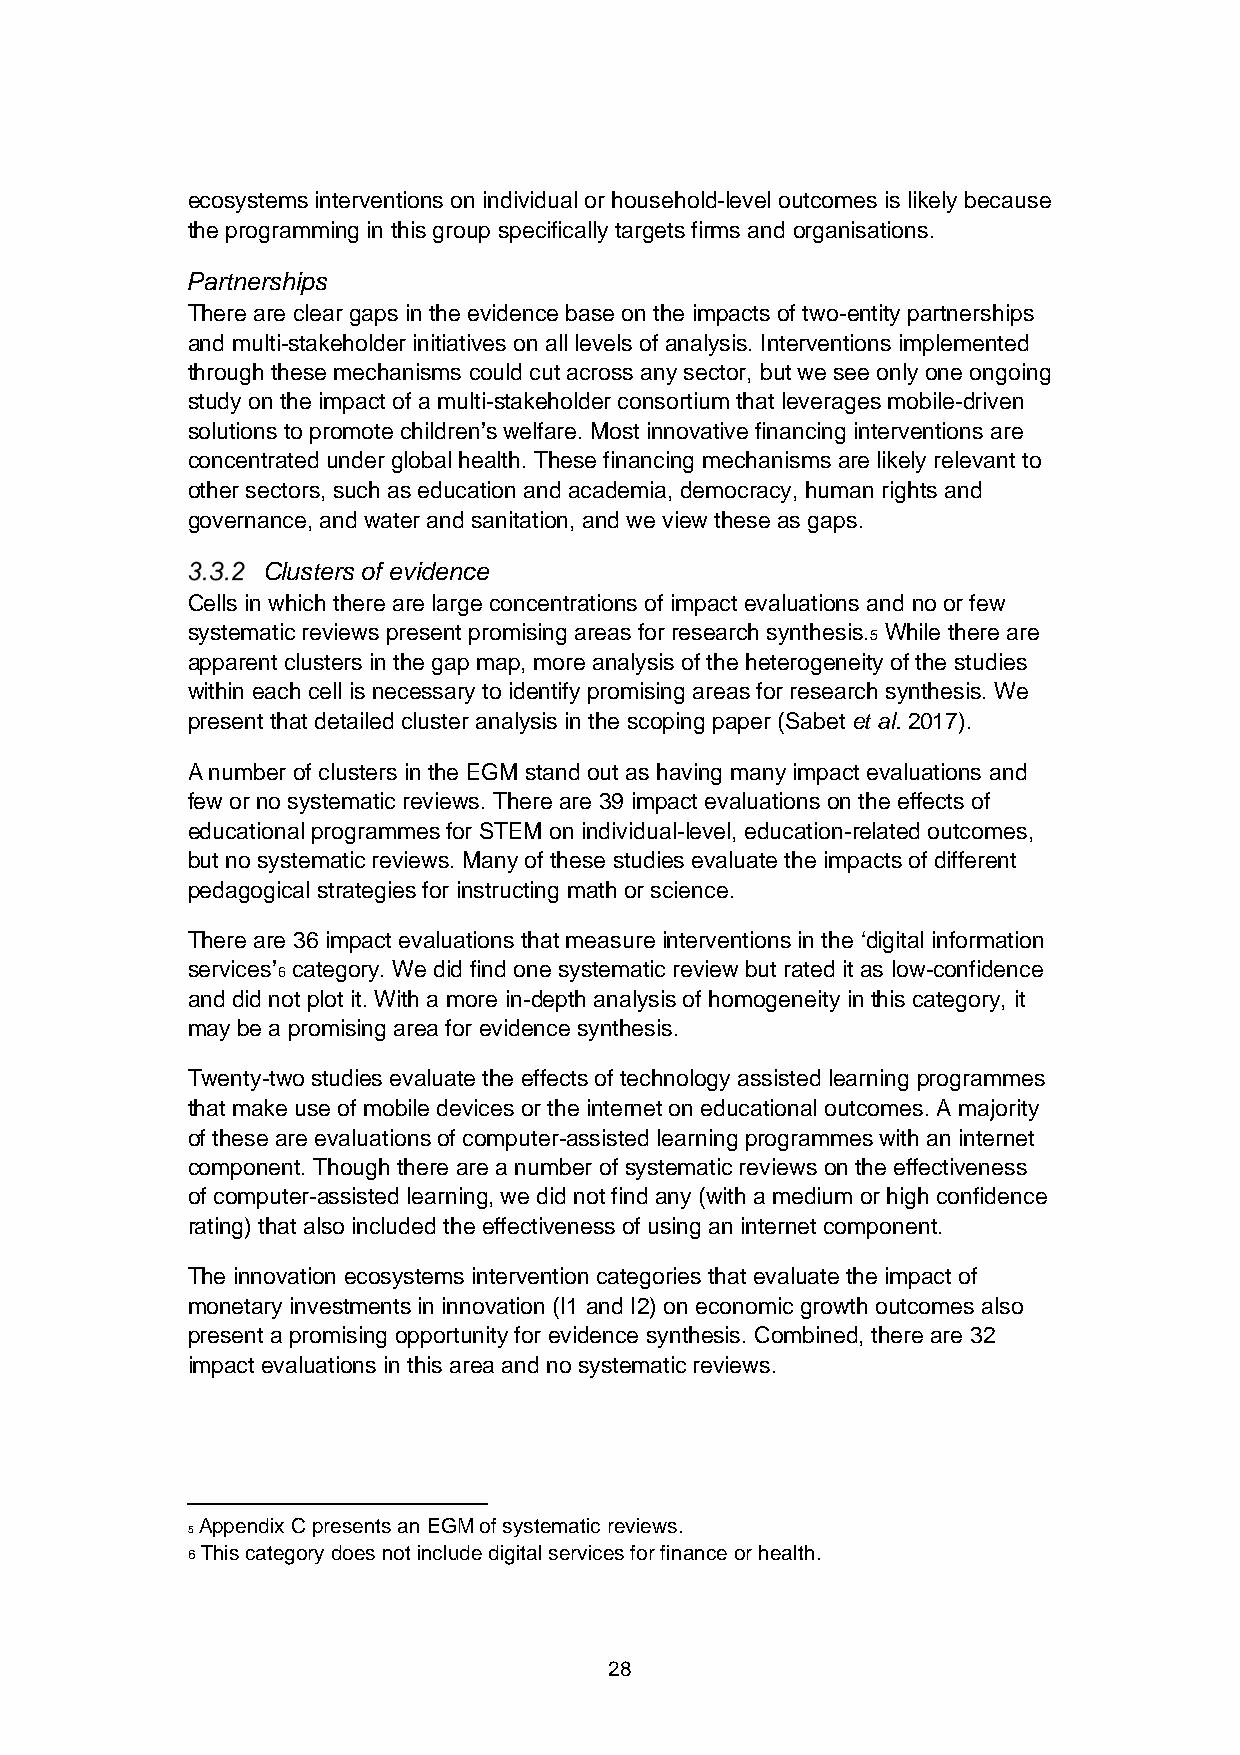
ecosystems interventions on individual or household-level outcomes is likely because
 the programming in this group specifically targets firms and organisations.
 Partnerships
 There are clear gaps in the evidence base on the impacts of two-entity partnerships
 and multi-stakeholder initiatives on all levels of analysis. Interventions implemented
 through these mechanisms could cut across any sector, but we see only one ongoing
 study on the impact of a multi-stakeholder consortium that leverages mobile-driven
 solutions to promote children’s welfare. Most innovative financing interventions are
 concentrated under global health. These financing mechanisms are likely relevant to
 other sectors, such as education and academia, democracy, human rights and
 governance, and water and sanitation, and we view these as gaps.
 Clusters of evidence
 Cells in which there are large concentrations of impact evaluations and no or few
 systematic reviews present promising areas for research synthesis. While there are
 5
 apparent clusters in the gap map, more analysis of the heterogeneity of the studies
 within each cell is necessary to identify promising areas for research synthesis. We
 present that detailed cluster analysis in the scoping paper (Sabet et al. 2017).
 A number of clusters in the EGM stand out as having many impact evaluations and
 few or no systematic reviews. There are 39 impact evaluations on the effects of
 educational programmes for STEM on individual-level, education-related outcomes,
 but no systematic reviews. Many of these studies evaluate the impacts of different
 pedagogical strategies for instructing math or science.
 There are 36 impact evaluations that measure interventions in the ‘digital information
 services’ category. We did find one systematic review but rated it as low-confidence
 6
 and did not plot it. With a more in-depth analysis of homogeneity in this category, it
 may be a promising area for evidence synthesis.
 Twenty-two studies evaluate the effects of technology assisted learning programmes
 that make use of mobile devices or the internet on educational outcomes. A majority
 of these are evaluations of computer-assisted learning programmes with an internet
 component. Though there are a number of systematic reviews on the effectiveness
 of computer-assisted learning, we did not find any (with a medium or high confidence
 rating) that also included the effectiveness of using an internet component.
 The innovation ecosystems intervention categories that evaluate the impact of
 monetary investments in innovation (I1 and I2) on economic growth outcomes also
 present a promising opportunity for evidence synthesis. Combined, there are 32
 impact evaluations in this area and no systematic reviews.
 Appendix C presents an EGM of systematic reviews.
 5
 6 This category does not include digital services for finance or health.
 28